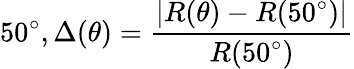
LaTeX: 50^{\circ},{\Delta(\theta)=\frac{|R(\theta)-R(50^{\circ})|}{R(50^{\circ})}}